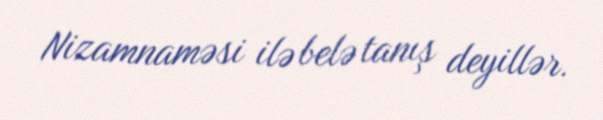
Nizamnaməsi ilə belə tanış deyillər.